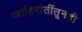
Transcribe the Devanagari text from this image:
जाहिरातींतूनही